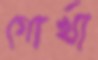
গোর্খা